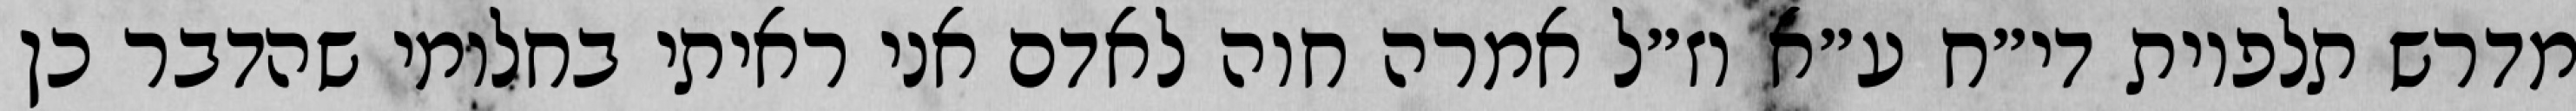
מדרש תלפיות די״ח ע״א וז״ל אמרה חוה לאדם אני ראיתי בחלומי שהדבר כן